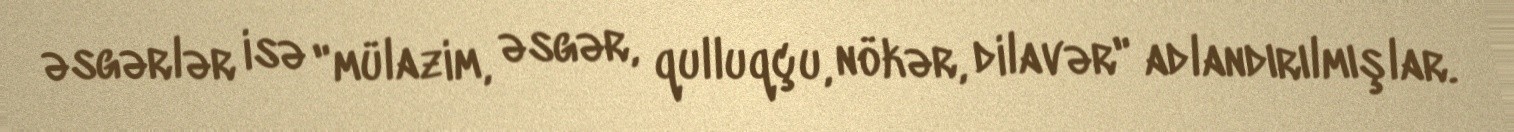
əsgərlər isə "mülazim, əsgər, qulluqçu, nökər, dilavər" adlandırılmışlar.